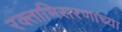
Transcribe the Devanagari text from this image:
रक्ताभिसरणाच्या